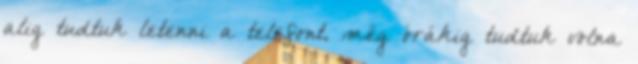
alig tudtuk letenni a telefont, még órákig tudtuk volna